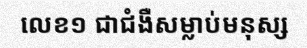
លេខ១ ជាជំងឺសម្លាប់មនុស្ស